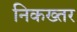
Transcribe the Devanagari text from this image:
निकख्तर